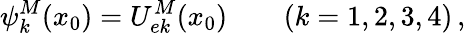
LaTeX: \psi_{k}^{M}(x_{0})=U_{ek}^{M}(x_{0})\qquad(k=1,2,3,4)\, ,